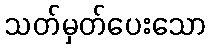
သတ်မှတ်ပေးသော